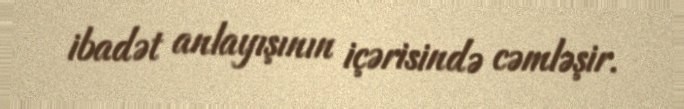
ibadət anlayışının içərisində cəmləşir.